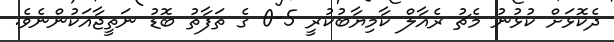
ދެކޮޅަށް ކުޅުނު މެޗު ރެއާލް ކާމިޔާބުކުރީ 5-0 ގެ ތަފާތު ބޮޑު ނަތީޖާއަކުންނެވެ.